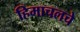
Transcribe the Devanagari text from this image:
हिमाचलचे